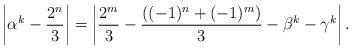
LaTeX: \begin{align*} \left| \alpha^{k}-\frac{2^{n}}{3}\right| = \left| \frac{2^{m}}{3}-\frac{\left((-1)^{n}+(-1)^{m}\right)}{3}-\beta^{k}-\gamma^{k}\right|.\end{align*}